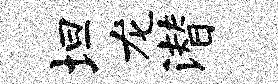
坦龙潜